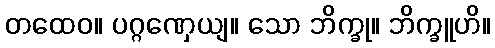
တထေဝ။ ပဂ္ဂဏှေယျ။ သော ဘိက္ခု။ ဘိက္ခူဟိ။